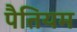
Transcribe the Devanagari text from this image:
पैतियम